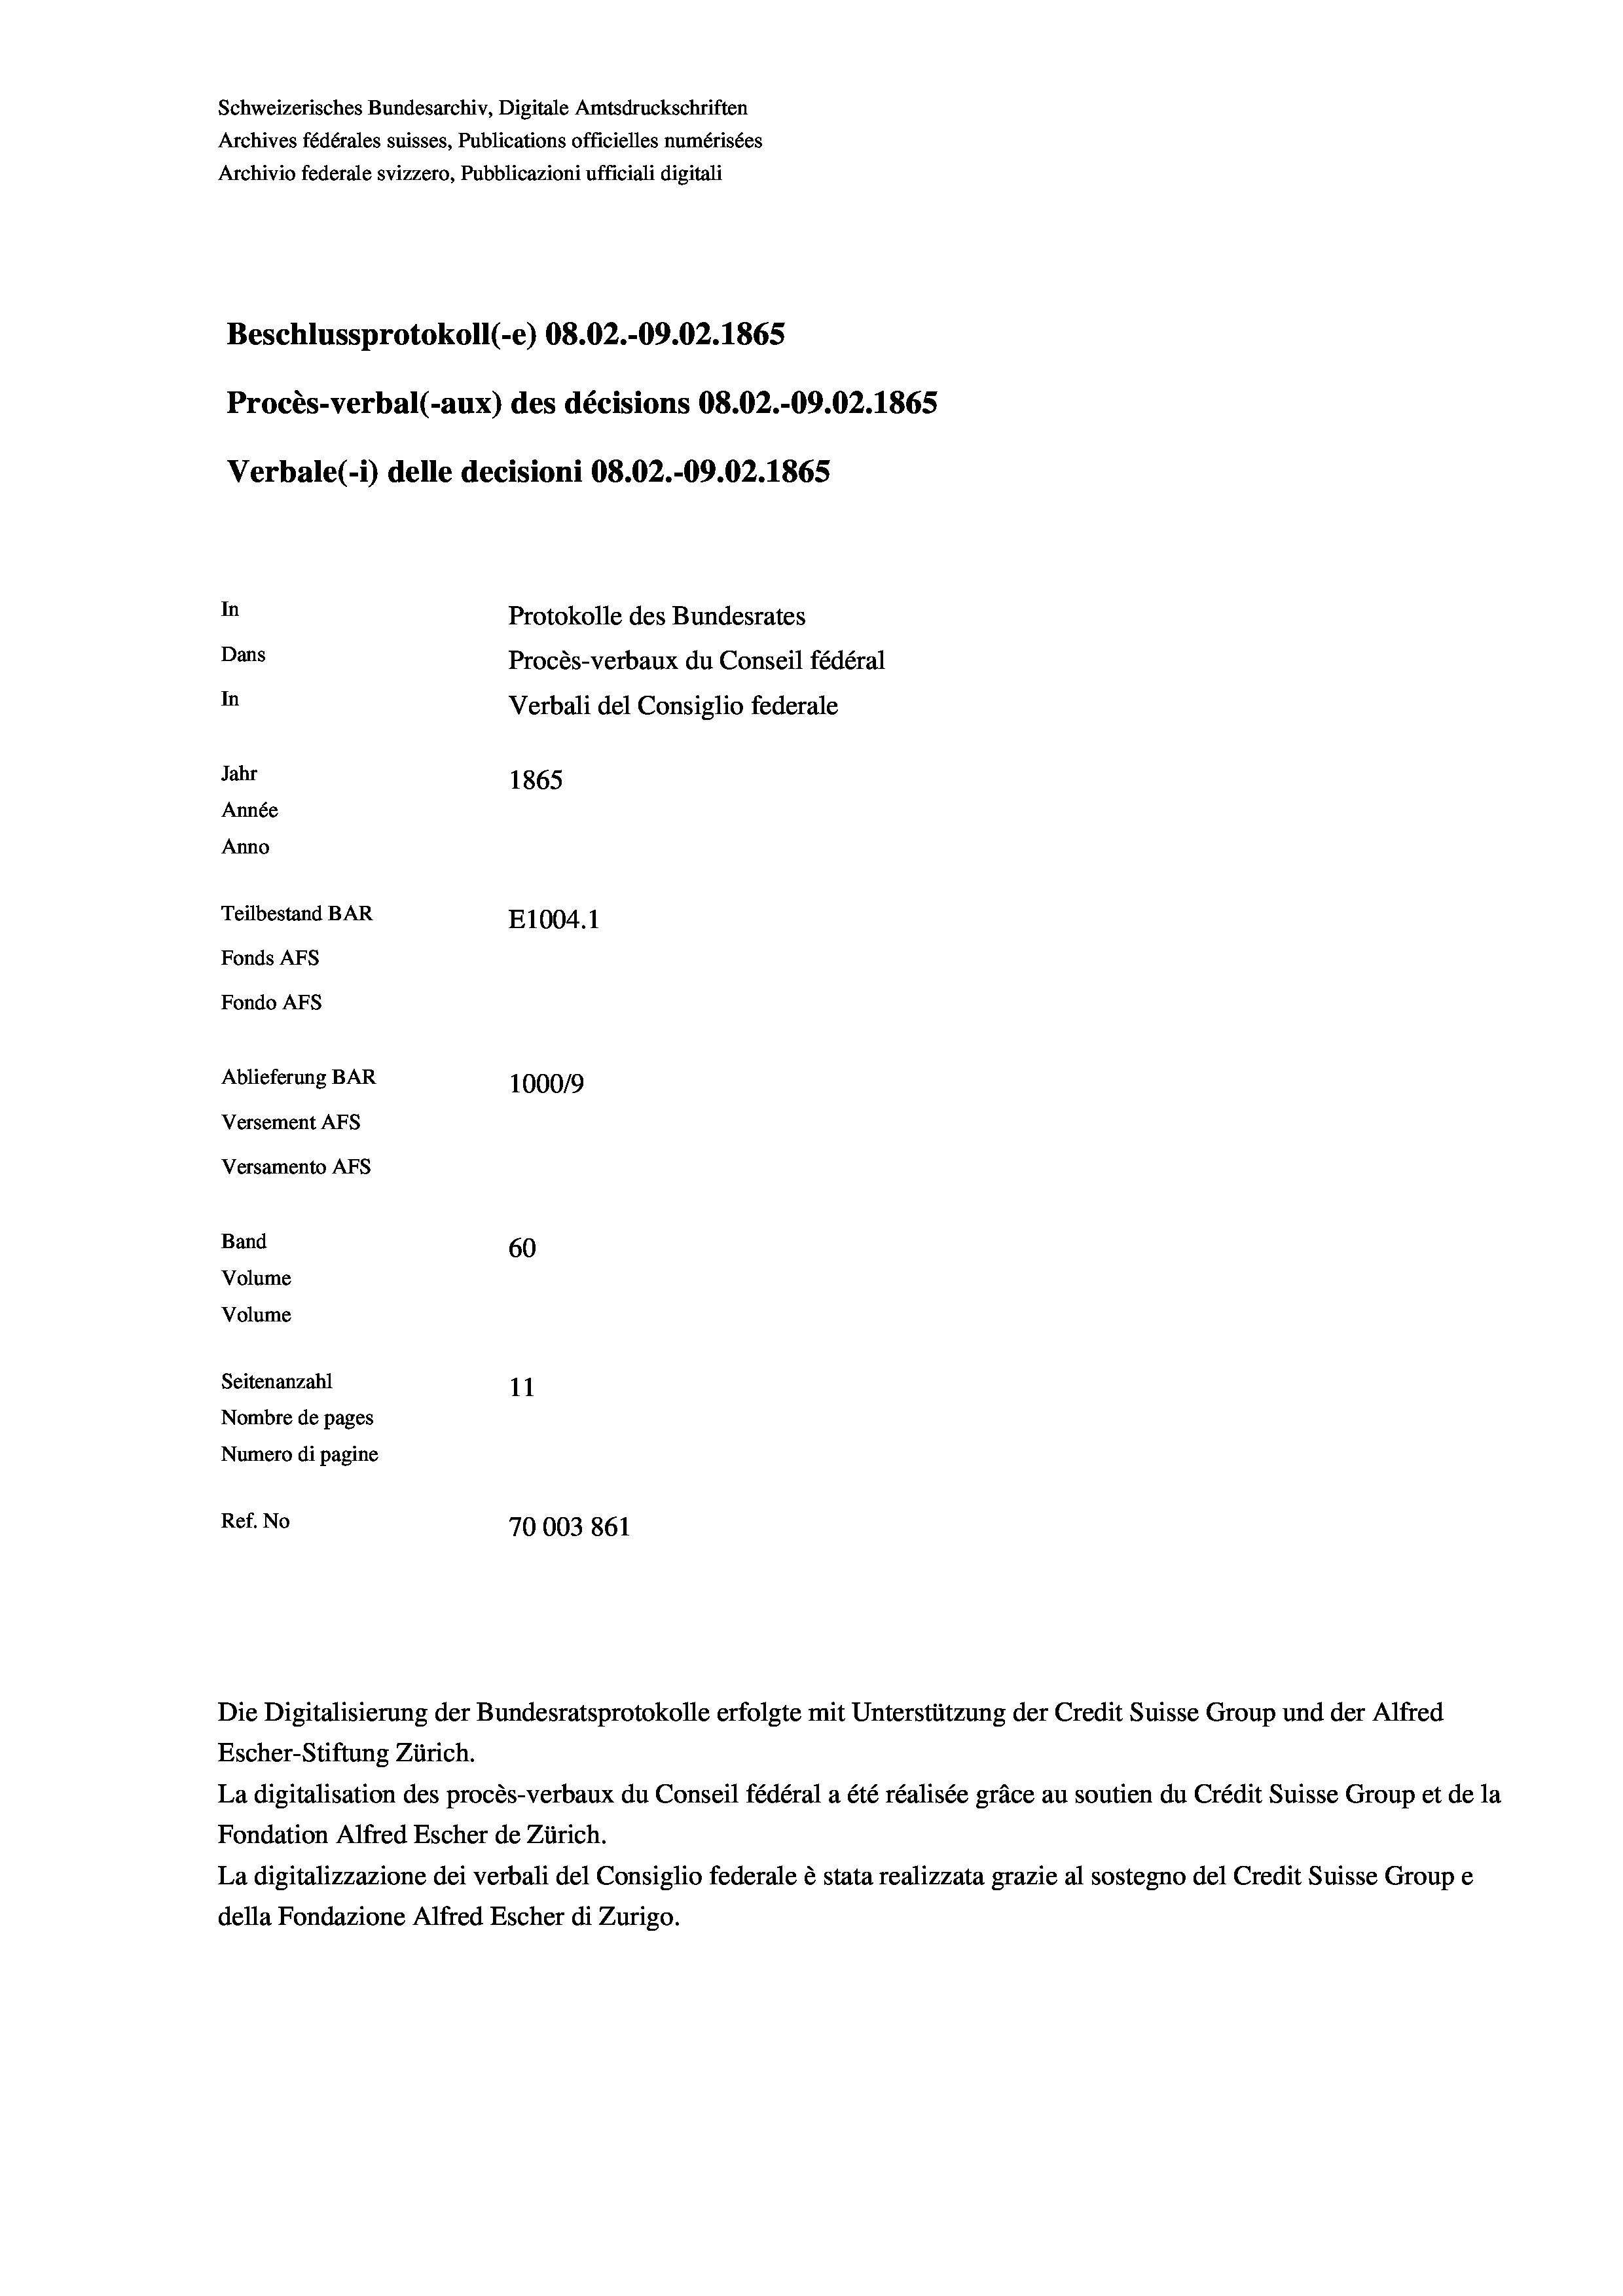
Schweizerisches Bundesarchiv, Digitale Amtsdruckschriften
Archives fédérales suisses, Publications officielles numérisées
Archivio federale svizzero, Pubblicazioni ufficiali digitali
Beschlussprotokoll (-e) 08.02.-09.02. 1865
Procès-verbal (-aux) des décisions 08.02.-09.02. 1865
Verbale (i) delle decisioni 08.02.-09.02. 1865
In
Protokolle des Bundesrates
Dans
Procès-verbaux du Conseil fédéral
In
Verbali del Consiglio federale
Jahr
1865
Année
Anno
Teilbestand BAR
E1004.1
Fonds AFs
Fondo Afs
Ablieferung BAR
100019
Versement AFs
Versamento Afs

Band
Volume
Volume

60
Seitenanzahl
11
Nombre de pages
Numero di pagine
Ref. No
70003861

Escher-Stiftung Zürich.
La digitalisation des procès-verbaux du Conseil fédéral a été réalisée gräce au soutien du Crédit Suisse Group et de la
Fondation Alfred Escher de Zürich.
La digitalizzazione dei verbali del Consiglio federale è stata realizzata grazie al sostegno del Credit Suisse Groupe
della Fondazione Alfred Escher di Zurigo.

Die Digitalisierung der Bundesratsprotokolle erfolgte mit Unterstützung der Credit Suisse Group und der Alfred